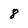
Character: 8